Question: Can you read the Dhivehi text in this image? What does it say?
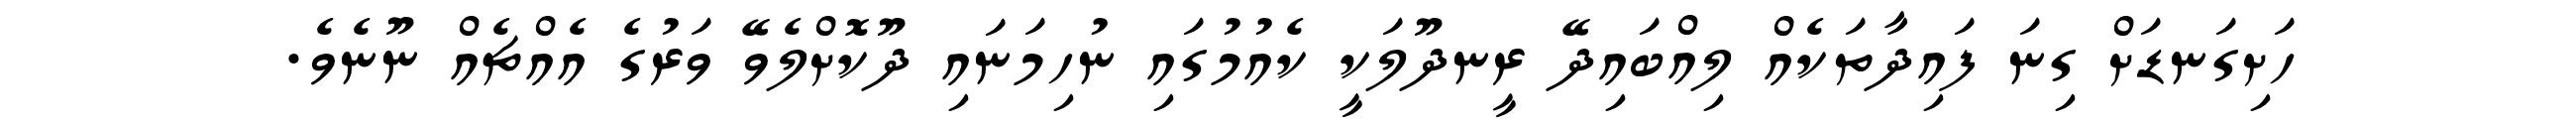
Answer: ހަށިގަނޑަށް ގިނަ ފައިދާތަކެއް ލިއްބައިދޭ ރީނދޫލަކީ ކެއުމުގައި ނުހިމަނައި ދޫކޮށްލެވޭ ވަރުގެ އެއްޗެއް ނޫނެވެ.